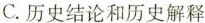
C.历史结论和历史解释